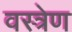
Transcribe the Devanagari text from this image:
वस्त्रेण